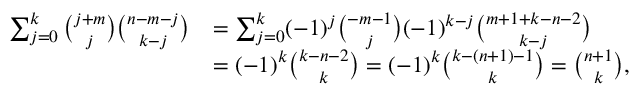
{ \begin{array} { r l } { \sum _ { j = 0 } ^ { k } { \binom { j + m } { j } } { \binom { n - m - j } { k - j } } } & { = \sum _ { j = 0 } ^ { k } ( - 1 ) ^ { j } { \binom { - m - 1 } { j } } ( - 1 ) ^ { k - j } { \binom { m + 1 + k - n - 2 } { k - j } } } \\ & { = ( - 1 ) ^ { k } { \binom { k - n - 2 } { k } } = ( - 1 ) ^ { k } { \binom { k - ( n + 1 ) - 1 } { k } } = { \binom { n + 1 } { k } } , } \end{array} }